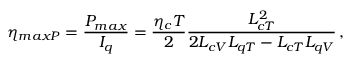
\eta _ { m a x P } = \frac { P _ { m a x } } { I _ { q } } = \frac { \eta _ { c } T } { 2 } \frac { L _ { c T } ^ { 2 } } { 2 L _ { c V } L _ { q T } - L _ { c T } L _ { q V } } \, ,